Annual report of the Punjab Veterinary College and of the Civil Veterinary Department, Punjab - 1894-1908
Year: 1894
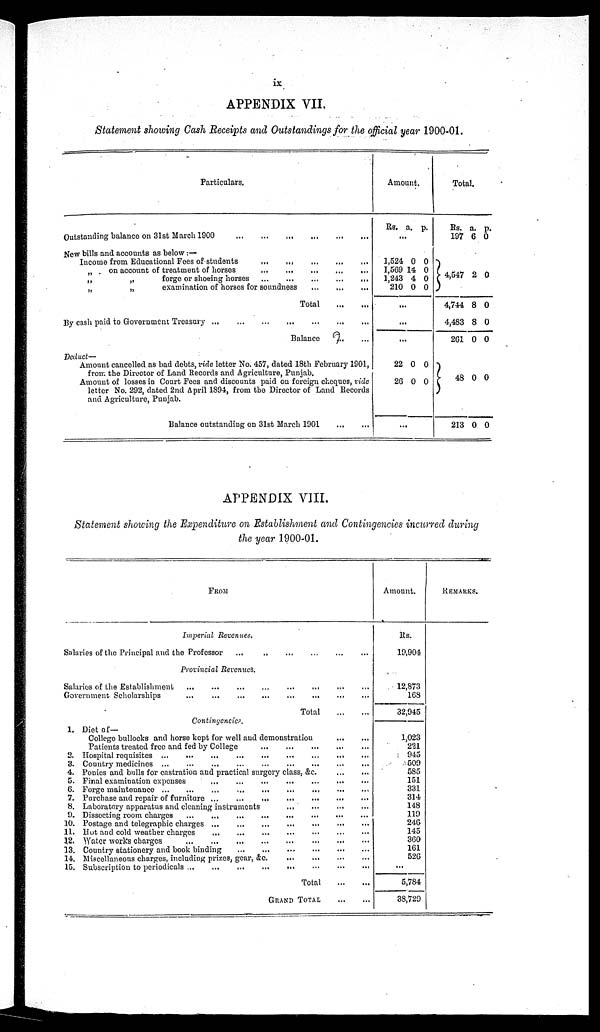
ix
APPENDIX VII.
Statement showing Cash Receipts and Outstandings for the official year 1900-01.
Particulars.
Outstanding balance on 31st March 1000
...
...
...
...
...
New bills and accounts as below:—
Income from Educational Fees of students
...
...
...
...
...
„ . on account of treatment of horses
...
...
...
...
...
„
„
forge or shoeing horses
...
...
...
...
...
„
„
examination of horses for soundness
...
...
...
Total
...
...
By cash paid to Government Treasury
...
...
...
...
...
Balance ... ...
Deduct —
Amount cancelled as bad debts, vide letter No. 457, dated 18th February 1901,
from the Director of Land Records and Agriculture, Punjab.
Amount of losses in Court Fees and discounts paid on foreign cheques, vide
letter No. 292, dated 2nd April 1894, from the Director of Land Records
and Agriculture, Punjab.
Balance outstanding on 31st March 1901
...
...
Amount.
Rs. a. p.
...
1,524
1,569
1,243
210
0
14
4
0
0
0
0
0
...
...
...
22
26
0
0
0
0
...
Total.
Rs.
197
4,547
4,744
4,483
261
48
213
a.
6
2
8
8
0
0
0
p.
0
0
0
0
0
0
0
APPENDIX VIII.
Statement showing the Expenditure on Establishment and Contingencies incurred during
the year 1900-01.
FROM
Imperial Revenues.
Salaries of the Principal and the Professor ... ... ... ... ... ...
Provincial Revenues.
Salaries of the Establishment ... ... ... ... ... ...
Government Scholarships ... ... ... ... ... ...
Total
...
...
Contingencies.
1. Diet of—
College bullocks and horse kept for well and demonstration ... ... ...
Patients treated free and fed by College
...
...
...
...
...
2. Hospital requisites ...
...
...
...
...
... ... ...
...
3. Country medicines ... ... ... ... ... ...
4. Ponies and bulls for castration and practical surgery class, &c. ... ... ...
5. Final examination expenses
...
...
...
...
...
...
G. Forge maintenance ... ... ... ... ... ...
7. Purchase and repair of furniture
...
...
...
...
...
...
8. Laboratory apparatus and cleaning instruments
...
...
...
...
...
I). Dissecting room charges ... ... ... ... ... ...
10. Postage and telegraphic charges ... ... ... ... ... ...
11. Hot and cold weather charges ... ... ... ... ... ...
12. Water works charges
...
...
...
...
...
...
13. Country stationery and book binding
...
...
...
...
...
...
14. Miscellaneons charges, including prizes, gear, &c. ... ... ... ... ... ...
15. Subscription to periodicals ...
...
...
...
... ...
Total ... ...
GRAND
TOTAL
...
...
Amount.
Rs.
19,904
12,873
168
32,945
1,023
221
945
509
585
151
331
314
148
119
246
145
360
161
526
...
5,784
38,729
REMARKS.